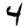
Digit: 4